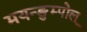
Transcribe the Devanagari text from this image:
मयन्ङुम्पोल्